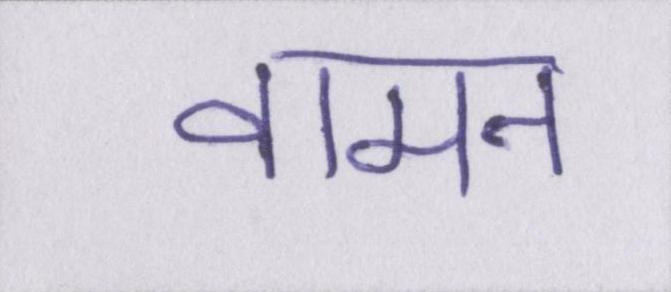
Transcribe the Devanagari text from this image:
वामन